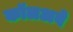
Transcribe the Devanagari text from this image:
कॉलअवे